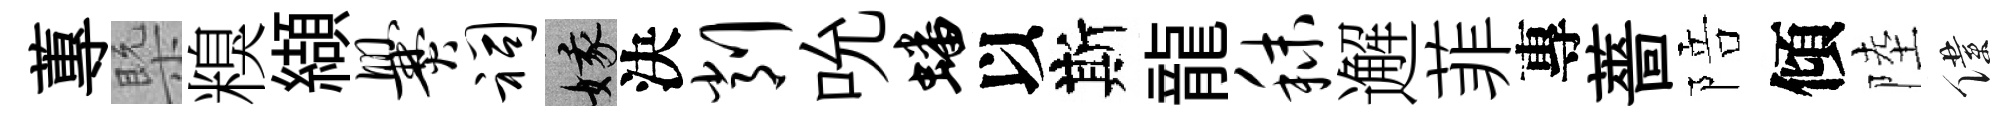
蓴槩糗纈爨祠娥決削吮蟠以斯龍秣邂菲專薔陪傾陸僕